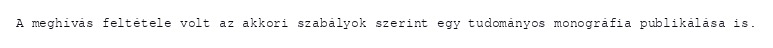
A meghívás feltétele volt az akkori szabályok szerint egy tudományos monográfia publikálása is.